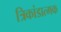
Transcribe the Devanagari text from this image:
त्रिकांडात्मक